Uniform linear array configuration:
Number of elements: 32
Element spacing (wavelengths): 0.25
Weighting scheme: uniform
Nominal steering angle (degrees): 60
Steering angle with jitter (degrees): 61.521
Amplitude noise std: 0.05
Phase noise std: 0.05

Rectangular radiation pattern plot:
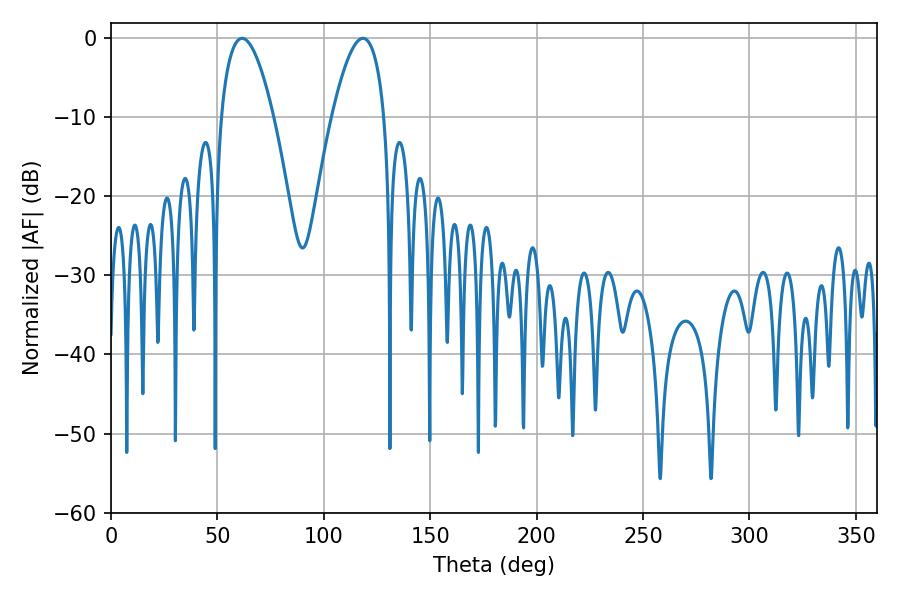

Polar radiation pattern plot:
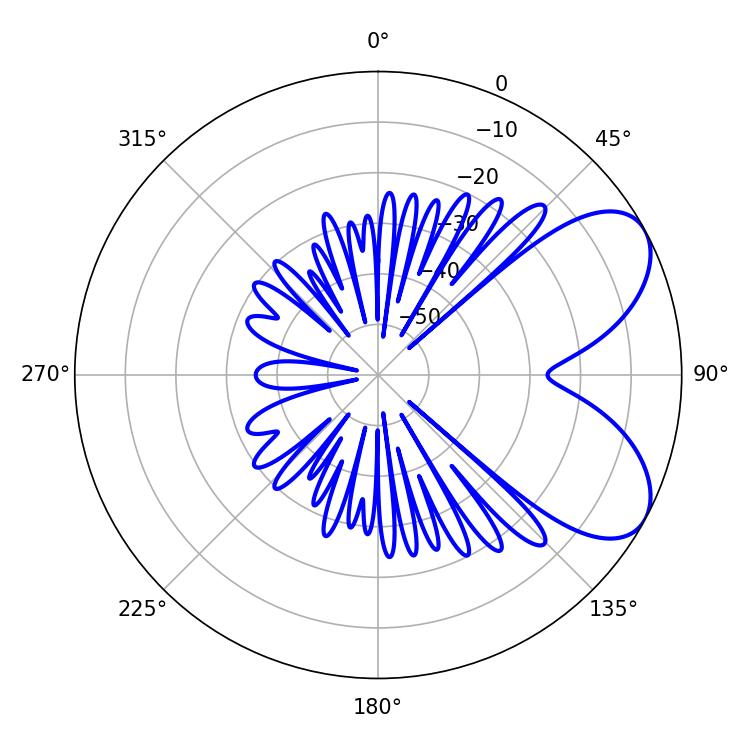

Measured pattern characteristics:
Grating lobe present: FALSE
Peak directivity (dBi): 6.406
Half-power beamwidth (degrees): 13.5
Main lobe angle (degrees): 61.56